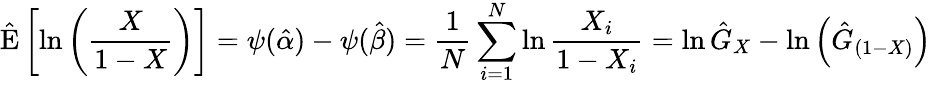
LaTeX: {\hat{\operatorname{E}}}\left[\ln\left({\frac{X}{1-X}}\right)\right]=\psi({\hat{\alpha}})-\psi({\hat{\beta}})={\frac{1}{N}}\sum_{i=1}^{N}\ln{\frac{X_{i}}{1-X_{i}}}=\ln{\hat{G}}_{X}-\ln\left({\hat{G}}_{(1-X)}\right)